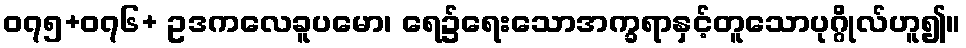
၀၇၅+၀၇၆+ ဥဒကလေခူပမော၊ ရေ၌ရေးသောအက္ခရာနှင့်တူသောပုဂ္ဂိုလ်ဟူ၍။